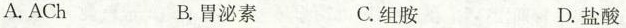
A.ACh B.胃泌素 C.组胺 D.盐酸